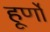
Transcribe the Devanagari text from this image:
हूर्णों